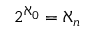
2 ^ { \aleph _ { 0 } } = \aleph _ { n }